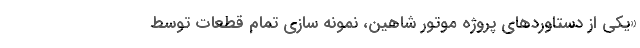
«یکی از دستاوردهای پروژه موتور شاهين، نمونه سازی تمام قطعات توسط